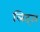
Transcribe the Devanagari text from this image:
लिट्‌ल